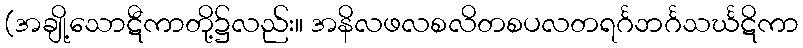
(အချို့သောဋီကာတို့၌လည်း။ အနိလဖလစလိတစပလတရင်္ဂဘင်္ဂသင်္ဃဋိကာ